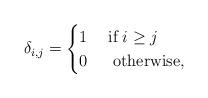
LaTeX: \begin{align*}\delta_{i,j}=\begin{cases} 1 \;&\hbox{if}\; i\geq j\\0 &\;\hbox{otherwise},\end{cases}\end{align*}